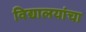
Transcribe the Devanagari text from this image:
विद्यालयांचा